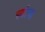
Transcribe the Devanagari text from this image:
पर्यटण